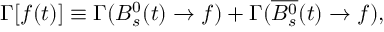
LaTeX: \Gamma [ f ( t ) ] \equiv \Gamma ( B _ { s } ^ { 0 } ( t ) \to f ) + \Gamma ( \overline { { { B _ { s } ^ { 0 } } } } ( t ) \to f ) ,